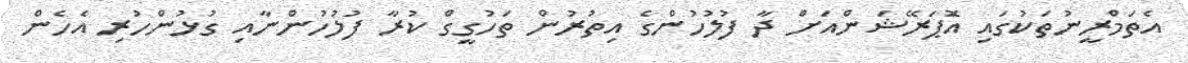
އެތަމްރީނުތަކުގައި އޮަޕަރޭޝަންއަށް ދާ ފުލުހުންގެ އިތުރުން ތަހުގީގް ކުރާ ފުލުހުންނާއި ގުޅުންހުރި އެހެން